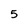
Character: 5